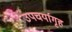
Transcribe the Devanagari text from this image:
उपचर्यागृह